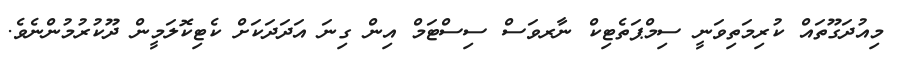
މިއުދަގޫތައް ކުރިމަތިވަނީ ސިމްޕަތެޓިކް ނާރވަސް ސިސްޓަމް އިން ގިނަ އަދަދަކަށް ކެޓިކޮލަމީން ދޫކުރުމުންނެވެ.